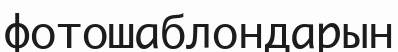
фотошаблондарын